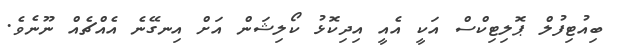
ބިއުޓިފުލް ޕޮލިޓިކްސް އަކީ އެއީ އިދިކޮޅު ކޯލިޝަން އަށް އިނގޭނެ އެއްޗެއް ނޫނެވެ.